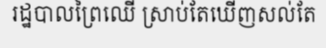
រដ្ឋបាលព្រៃឈើ ស្រាប់តែឃើញសល់តែ